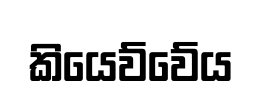
කියෙව්වේය